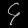
Digit: ၄